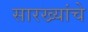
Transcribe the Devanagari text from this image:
सारख्यांचे